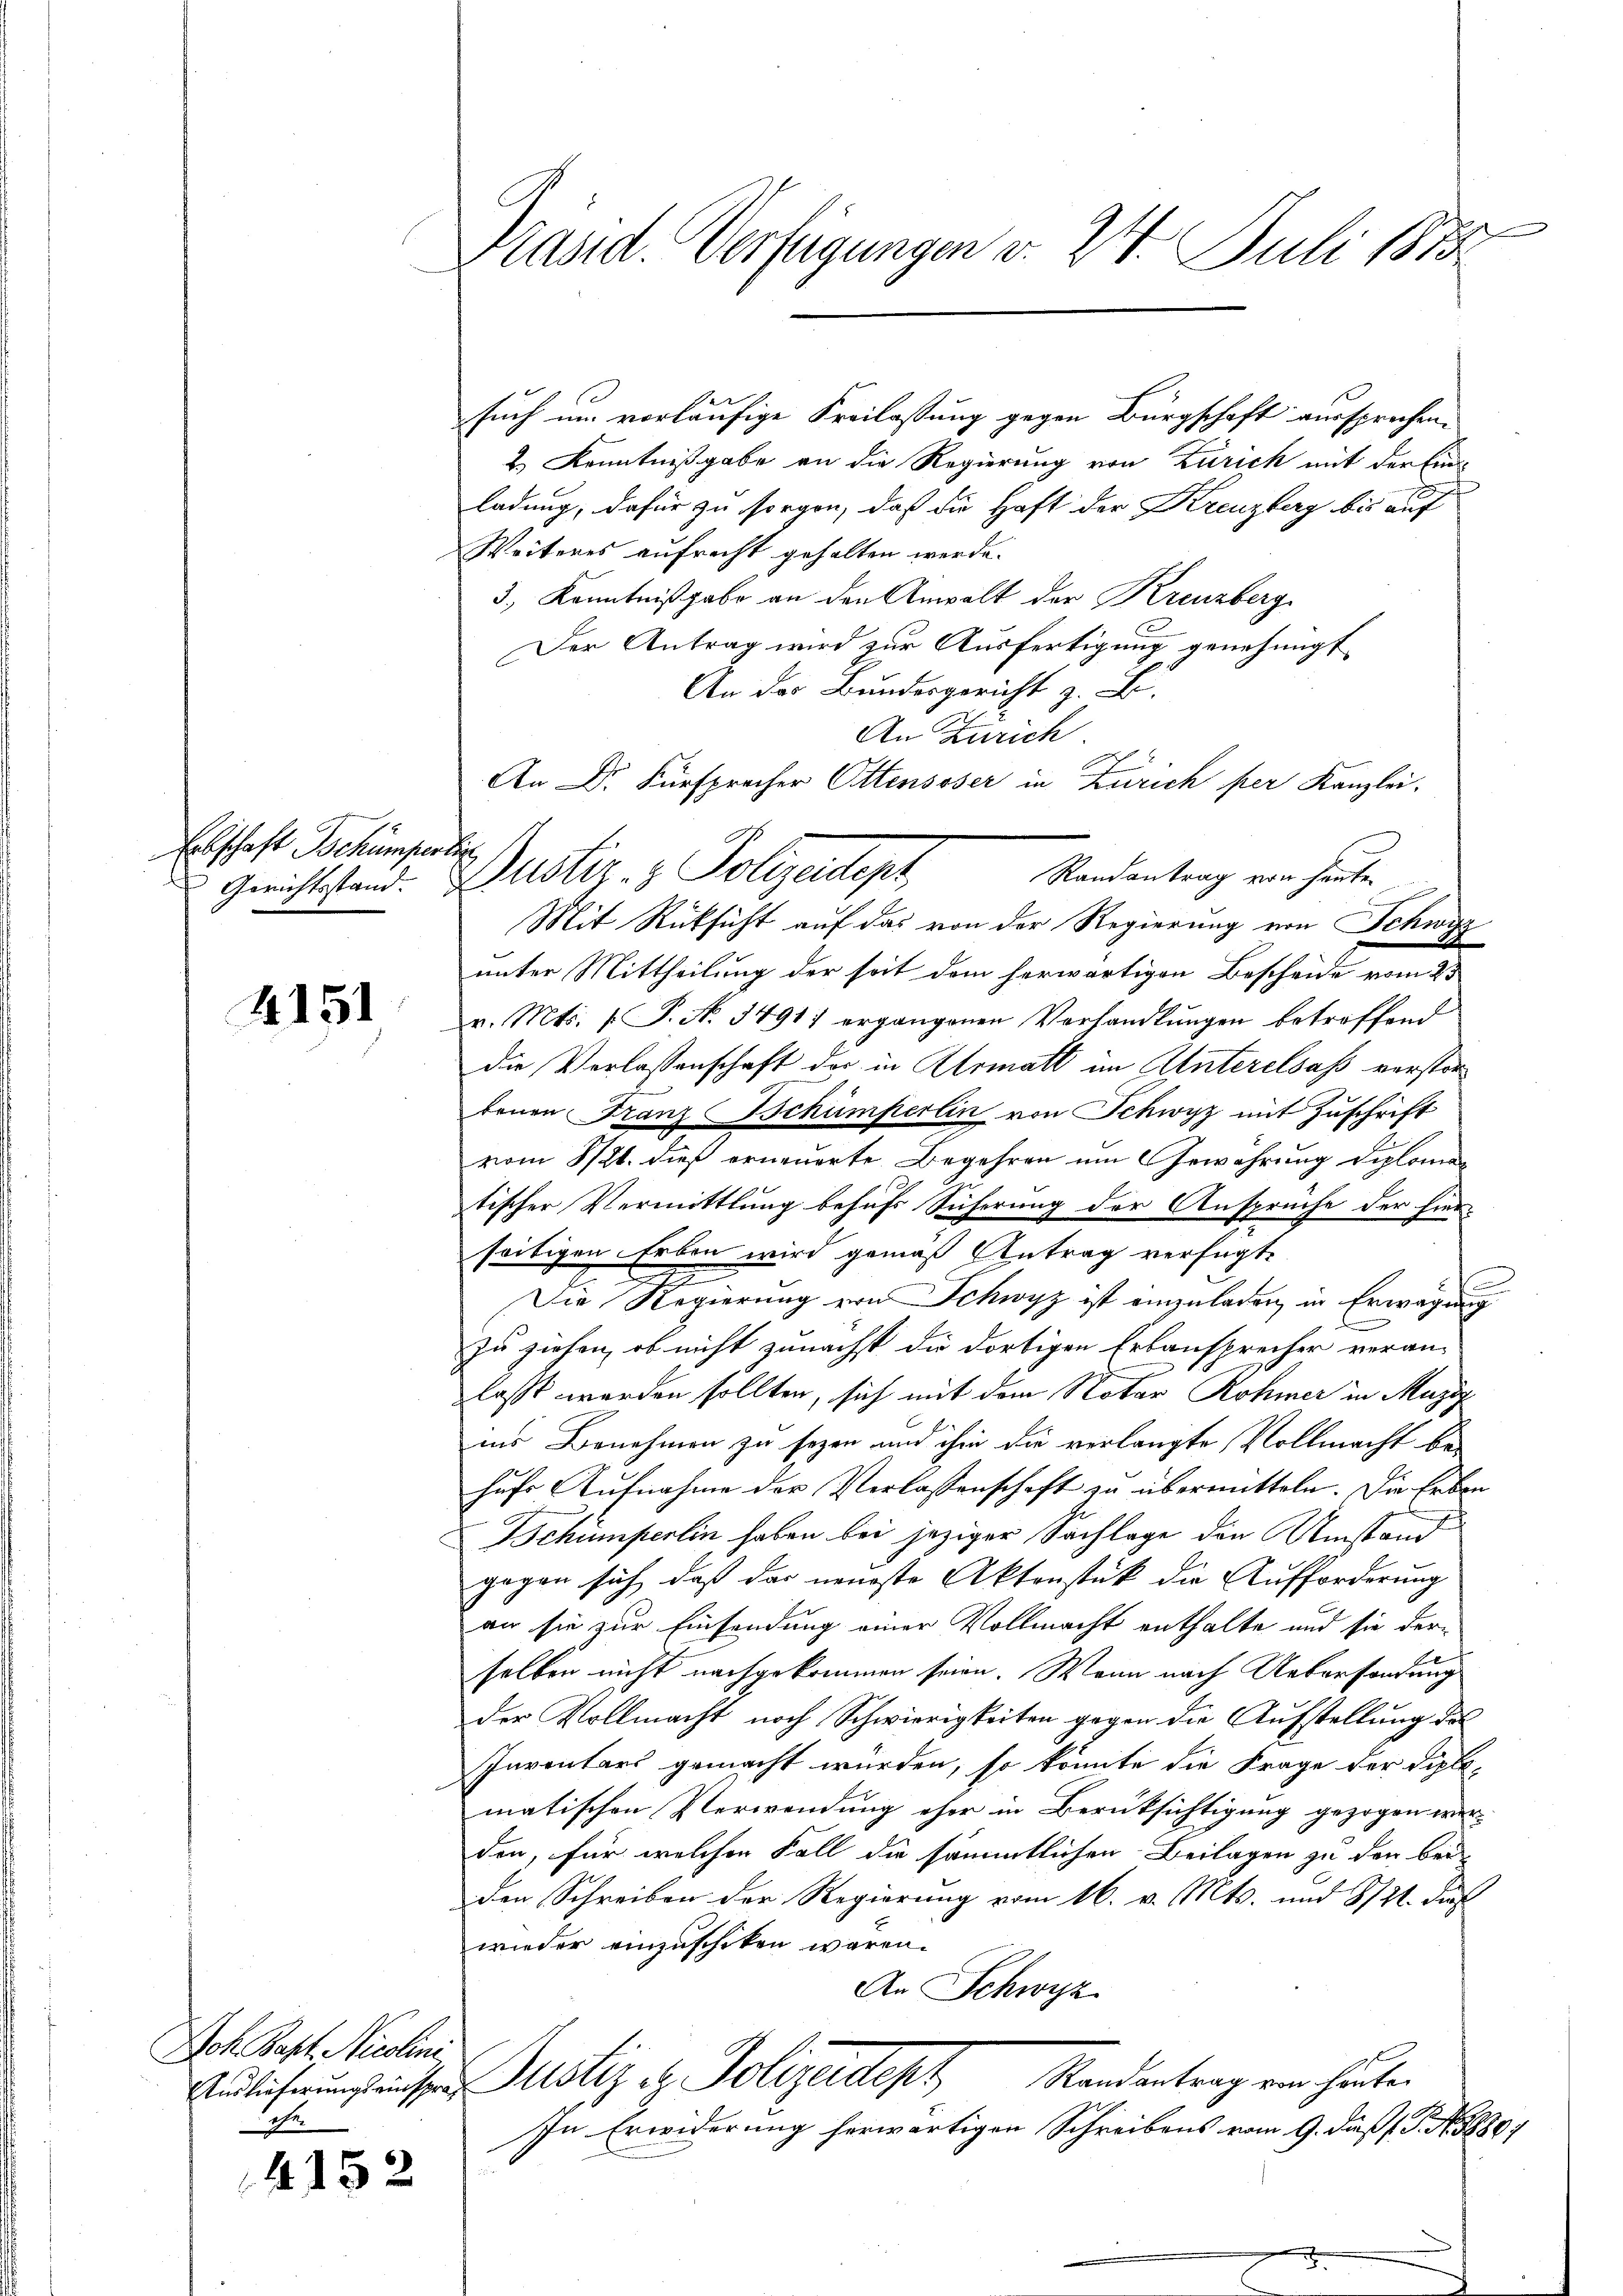
Erbschaft Tschumperlin
Gerichtsstand.

4151

Joh. Bapt. Nicolini
Ihr

4152

e
Präsid. Verfügungen v. 24. Juli 1873.

such um vorläufige Kreilassung gegen Bürgschaft aussprechen.
2.) Kenntnißgabe an die Regierung von Zürich mit der Ein-
ladung, dafür zu sorgen, daß die Haft der Kreuzberg bis auf
Weiteres aufrecht gehalten werde.
3., Kenntnißgabe an den Anwalt der Kreuzberg
Der Antrag wird zur Ausfertigung genehmigt
An das Bundesgericht z. B.
c
Randantrag von heute
Mit Rücksicht auf das von der Regierung von Schwyz
unter Mittheilung der seit dem herwärtigen Bescheide vom 23
v. Mts. (T. N. 34911 ergangenen Verhandlungen betroffend
die Verlassenschaft der in Armatt in Unterelsaß verstorbenen Franz schumperlin von Schwyz mit Zuschrift
vom 8/21. dieß erneuerte Begehren um Gewahrung diplomi
tischer Vermittlung behufs Sicherung der Ansprüche der hierseitigen Erben wird gemäß Antrag verfügt,
s
Die Regierung von Schwyz ist einzuladen, in Erwägung
zu ziehen, ob nicht zunächst die dortigen Erbansprecher veran-
lasst werden sollten, sich mit dem Notar Rohner in Majes
ins Benehmen zu sezen und ihm die verlangte Vollmacht be-
hufs Aufnahme der Verlassenschaft zu übermitteln. Die Erben
h
Schumperlin haben bei jeziger Sachlage den Umstand
gegen sich, daß das neueste Aktenstück die Aufforderung
an sie zur Einsendung einer Vollmacht enthalte und sie derselben nicht nachgekommen seien. Wenn nach Uebersendung
der Vollmacht noch Schwierigkeiten gegen die Aufstellung des
Inventars gemacht würden, so könnte die Frage der Diplo-
matischen Verwendung eher in Berüksichtigung gezogen werden, für welchen Fall die sämmtlichen Beilagen zu den bei-
den Schreiben der Regierung vom 16. v. Mts. und 821. dies
wieder einzuschiken wären.
An Schwyz
Randantrag von heute.
Andlicherung ausser Justiz & Polizeideph
In Erwiderung herwärtigen Schreibens vom 9. daß P. Nr. 1880

An Zürich
An Dr. Fürsprecher Ottensoser in Zürich per Kanzlei.
Justiz- & Polizeitert